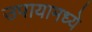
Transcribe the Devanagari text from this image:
उपायामध्ये